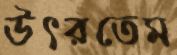
উৎরতেম